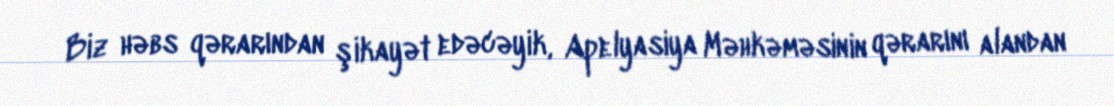
Biz həbs qərarından şikayət edəcəyik, Apelyasiya Məhkəməsinin qərarını alandan